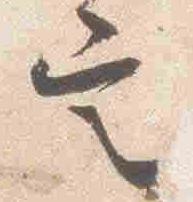
定